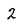
Character: 2